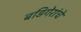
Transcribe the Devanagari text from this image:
बडिगेरांचे